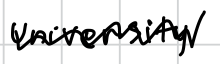
Text: University
Cross-out: zig-zag
Writing tool: digital_black